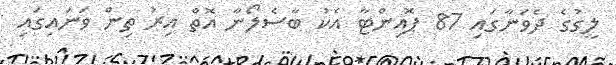
ލީގުގެ ދެވަނާގައި 87 ޕޮއިންޓާ އެކު ބާސެލޯނާ އޮތް އިރު ތިން ވަނައިގައި